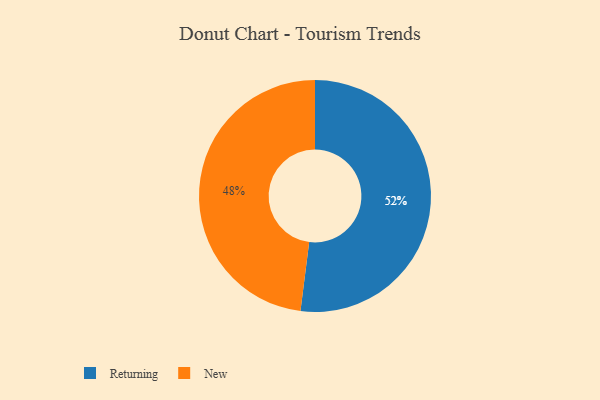
{"axis": {"x": "Category", "y": "Percentage"}, "legend": ["New", "Returning"], "data": [{"x": "Returning", "y": 52, "type": "Returning"}, {"x": "New", "y": 48, "type": "New"}]}